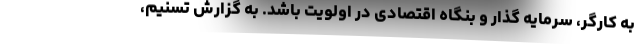
به کارگر، سرمایه گذار و بنگاه اقتصادی در اولویت باشد. به گزارش تسنیم،